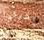
القراء